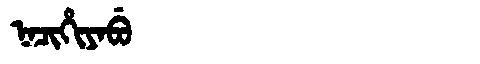
Manchu: ᠨᠠᠴᡳᡥᡳᠶᠠᠪᡠ
Romanization: NACIHIYABU